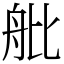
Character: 舭